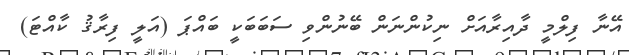
އޭނާ ފިލްމީ ދާއިރާއަށް ނިކުންނަން ބޭނުންވި ސަބަބަކީ ބައްޕަ (އަލީ ފިރާޤު ކާއްޓަ)